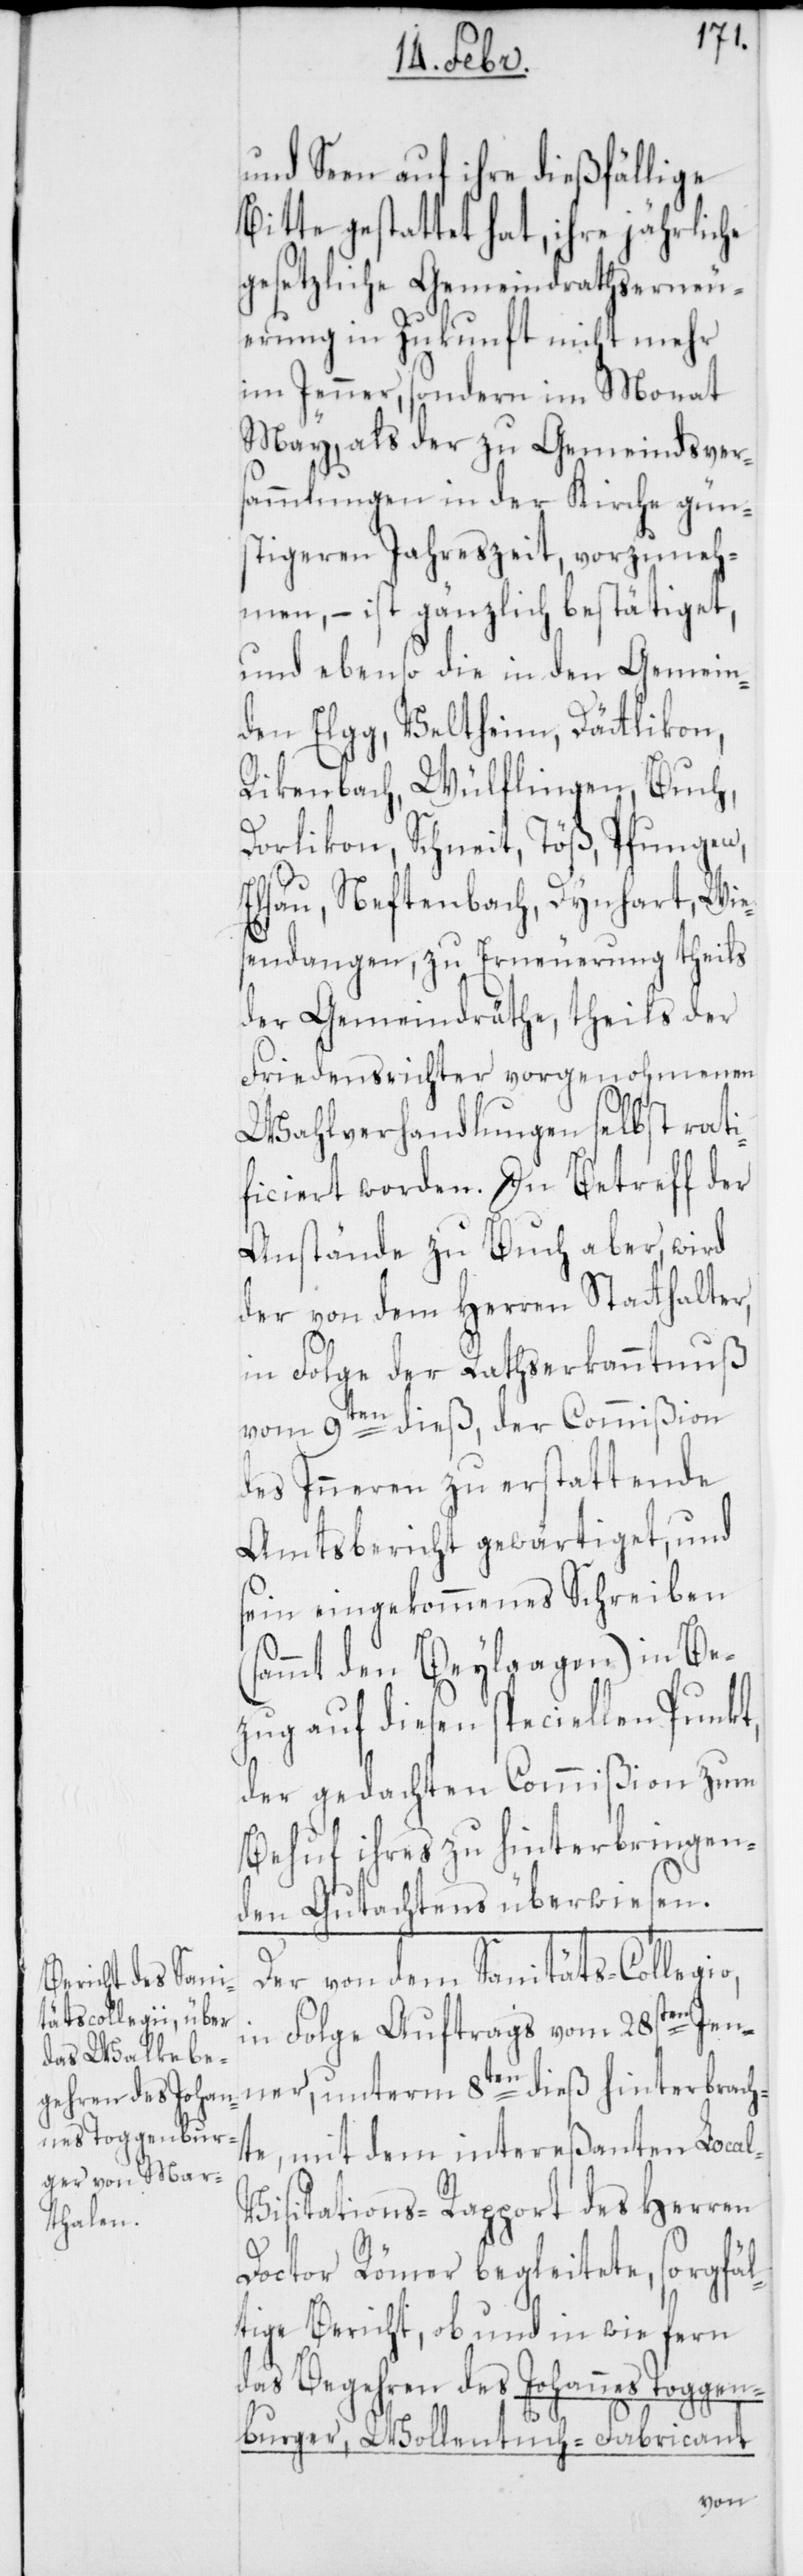
l-V¬
und Seen auf ihre dießfällige
Bitte gestattet hat, ihre jährliche
gesetzliche Gemeindrathserneu¬
erung in Zukunft nicht mehr
im Jenner, sondern im Monat
May, als der zu Gemeindsver¬
sammlungen in der Kirche gün¬
stigeren Jahreszeit, vorzuneh¬
men, – ist gänzlich bestätiget,
und ebenso die in den Gemein¬
den Elgg, Veltheim, Dätlikon,
Rikenbach, Wölflingen, Buch,
Dorlikon, Schneit, Töß, Pfungen,
Elsau, Neftenbach, Dynhard, Wie¬
sendangen, zu Erneuerung theils
der Gemeindräthe, theils der
Friedensrichter vorgenohmenen
Wahlverhandlungen selbst rati¬
ficiert worden. In Betreff der
Anstände zu Buch aber, wird
der von dem Herren Statthalter,
in Folge der Rathserkanntnuß
vom 9ten dieß, der Commißion
des Inneren zu erstattende
Amtsbericht gewärtiget, und
sein eingekommenes Schreiben
ammt den Beylagen) in Be¬
zug auf diesen speciellen Punkt,
der gedachten Commißion zum
Behuf ihres zu hinterbringen¬
den Gutachtens überwiesen.
Der von dem Sanitäts-Collegio,
in Folge Auftrags vom 28sten Jen¬
ner, unterm 8ten dieß hinterbrach¬
te, mit dem intereßanten Loca¬
isitations-Rapport des Herren
Doctor Römer begleitete, sorgfäl¬
tige Bericht, ob und in wie fern
das Begehren des Johannes Toggen¬
burger, Wollentuch-Fabricant